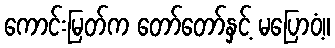
ကောင်းမြတ်က တော်တော်နှင့် မပြောဝံ့။